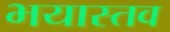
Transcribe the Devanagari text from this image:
भयास्तव